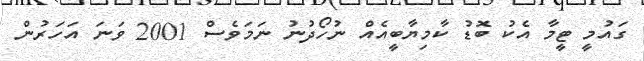
ގައުމީ ޓީމާ އެކު ބޮޑު ކާމިޔާބީއެއް ނުހޯދުނު ނަމަވެސް 2001 ވަނަ އަހަރުން